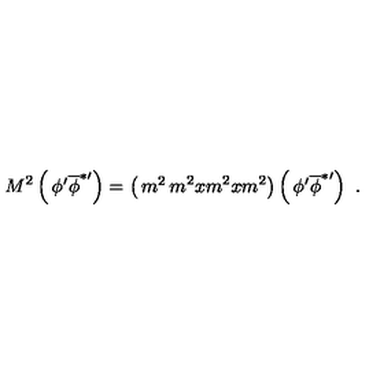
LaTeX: M ^ { 2 } \left( \begin{matrix} { \phi ^ { \prime } } \\ { { \overline { { \phi } } } ^ { * \prime } } \\ \end{matrix} \right) = \left( \begin{matrix} { m ^ { 2 } } & { m ^ { 2 } x } \\ { m ^ { 2 } x } & { m ^ { 2 } } \\ \end{matrix} \right) \left( \begin{matrix} { \phi ^ { \prime } } \\ { { \overline { { \phi } } } ^ { * \prime } } \\ \end{matrix} \right) \ .